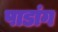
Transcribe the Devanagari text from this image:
पाडांग